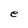
Character: e